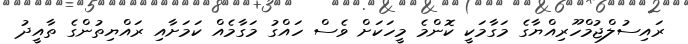
ރައިސުލްޖުމްހޫރިއްޔާގެ މަގާމަކީ ކޮންމެ މީހަކަށް ވެސް ހައްގު މަގާމެއް ކަމަށާއި ރައްޔިތުންގެ ތާއީދު